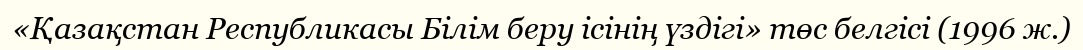
«Қазақстан Республикасы Білім беру ісінің үздігі» төс белгісі (1996 ж.)